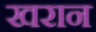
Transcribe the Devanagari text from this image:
खरान